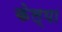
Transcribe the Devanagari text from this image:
केल्‍या